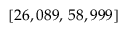
[ 2 6 , 0 8 9 , \, 5 8 , 9 9 9 ]